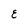
Character: E